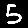
Digit: 5